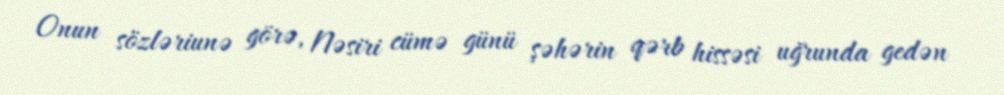
Onun sözləriunə görə, Nəsiri cümə günü şəhərin qərb hissəsi uğrunda gedən